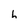
Character: h